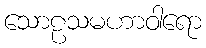
သောဠသမဟာဝါရော